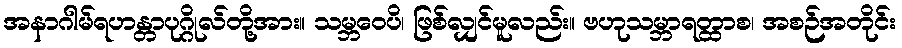
အနာဂါမ်ရဟန္တာပုဂ္ဂိုလ်တို့အား။ သမ္ဘဝေပိ၊ ဖြစ်လျှင်မူလည်း။ ဗဟုသမ္ဘာရတ္ထာစ၊ အစဉ်အတိုင်း